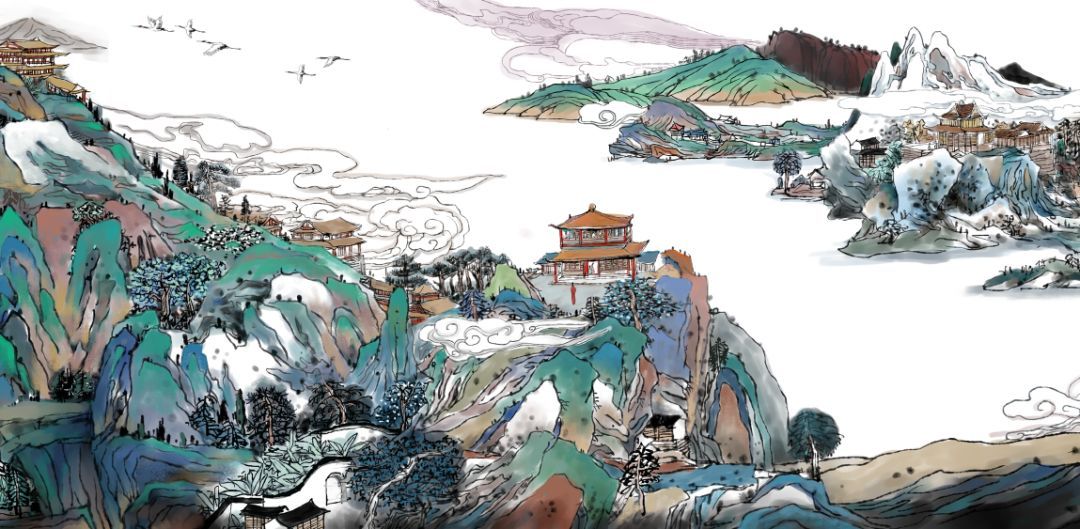
落霞与孤鹜齐飞，秋水共长天一色。